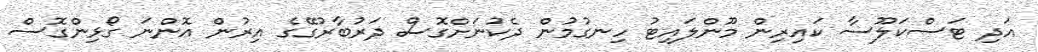
އަދި ޓަސްކަލޫސާ ކައިރިން މޫންލައިޓު ހިނގުމުން ދެކުނަށްގޮސް ދަރުބާރުގޭގެ އިރުން އޮންނަ ގޯޅިންގޮސް